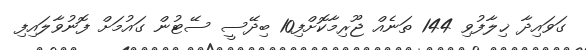
ގަވައިދާ ޚިލާފުވި 144 ތަނެއް ޖޫރިމާކޮށްފި10 ބިދޭސީ ސޭޓުން ގައުމަށް ފޮނުވާލައިފި